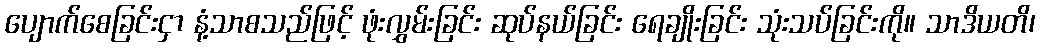
ပျောက်စေခြင်းငှာ နံ့သာစသည်ဖြင့် ဖုံးလွှမ်းခြင်း ဆုပ်နယ်ခြင်း ရေချိုးခြင်း သုံးသပ်ခြင်းကို။ သာဒိယတိ၊